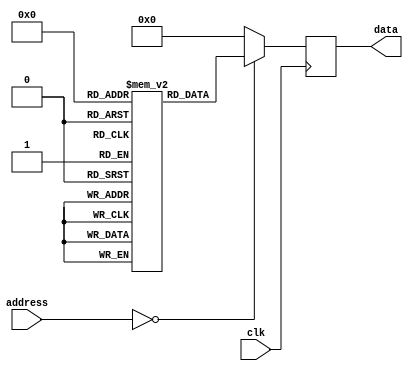
module OTP_ROM (
    input wire clk,
    input wire [9:0] address,
    output reg [7:0] data
);

reg [7:0] memory[0:1023];

initial begin
    // Initialize memory with permanent data
    memory[0] = 8'b11001100;
    // Add more initializations if needed
end

always @ (posedge clk) begin
    case(address)
        0: data <= memory[0];
        // Add more cases for other memory locations
        default: data <= 8'b0; // Default case for undefined addresses
    endcase
end

endmodule